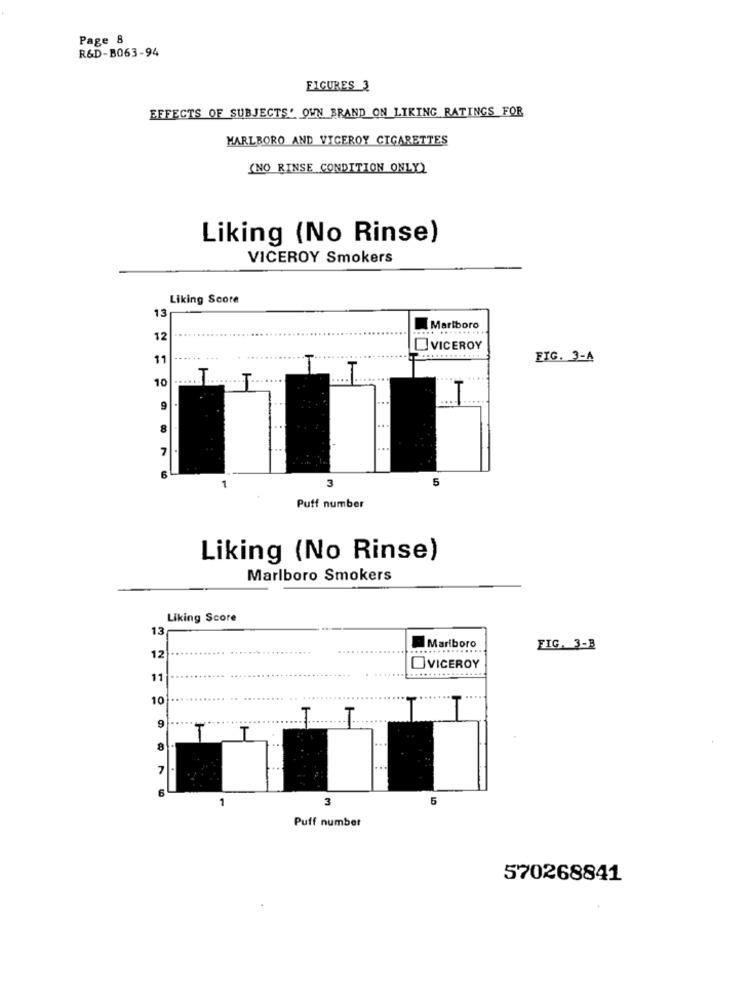
Page 8
R&D-B063-94
FIGURES 3
EFFECTS OF SUBJECTS' OWN BRAND ON LIKING RATINGS FOR
MARLBORO AND VICEROY CIGARETTES
(NO RINSE CONDITION ONLY)
Liking (No Rinse)
VICEROY Smokers
Liking Score
13
Marlboro
12
VICEROY
11
......
FIG. 3-A
10
....
9
8
7
.
6
3
5
Puff number
Liking (No Rinse)
Marlboro Smokers
Liking Score
13
..... ......
Marlboro
FIG. 3-3
12
VICEROY
11
10
T
9
T
8
7
.
6
1
3
5
Puff number
570268841